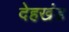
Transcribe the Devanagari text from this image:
देहखंड